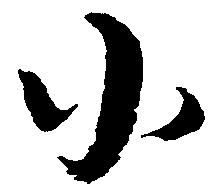
小